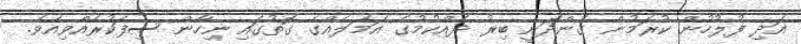
އަދި ފުލުހުން ކުރަމުން ގެންދަނީ ބިރު ދެއްކުމުގެ އަމަލެއްގެ ގޮތުގައި ނިހާން ސިފަކުރެއްވިއެވެ.